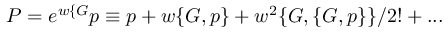
P = e ^ { w \{ G } p \equiv p + w \{ G , p \} + w ^ { 2 } \{ G , \{ G , p \} \} / 2 ! + . . .